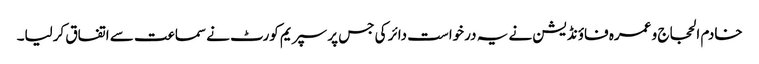
خادم الحجاج و عمرہ فاؤنڈیشن نے یہ درخواست دائر کی جس پر سپریم کورٹ نے سماعت سے اتفاق کرلیا۔